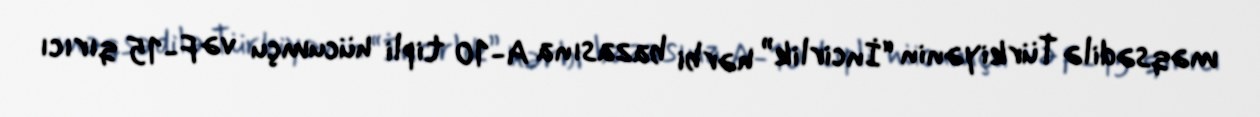
məqsədilə Türkiyənin “İncirlik” hərbi bazasına A-10 tipli hücumçu və F-15 qırıcı